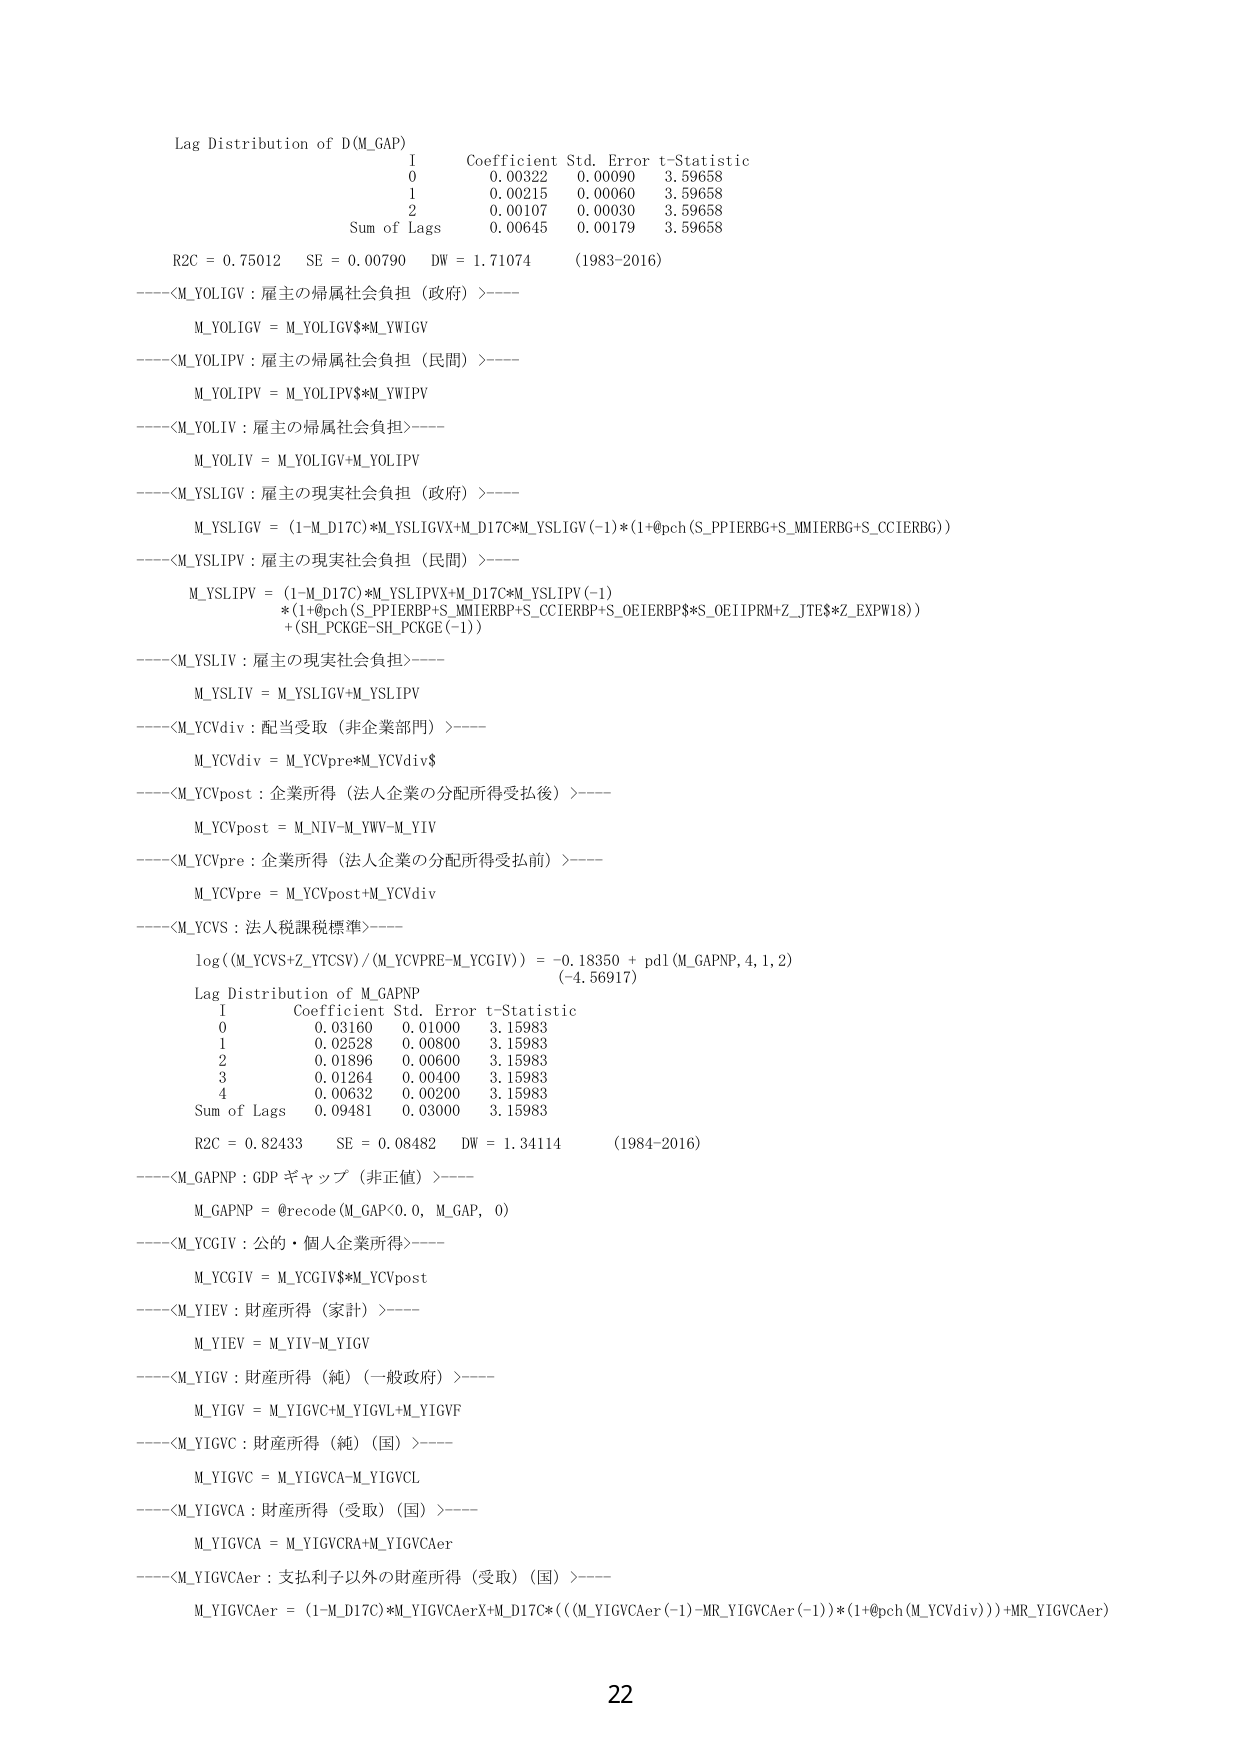
Lag Distribution of D(M_GAP)
I Coefficient Std. Error t-Statistic
0 0.00322 0.00090 3.59658
1 0.00215 0.00060 3.59658
2 0.00107 0.00030 3.59658
Sum of Lags 0.00645 0.00179 3.59658
R2C = 0.75012 SE = 0.00790 DW = 1.71074 (1983-2016)
----<M_YOLIGV : 雇主の帰属社会負担（政府）>----
M_YOLIGV = M_YOLIGV$*M_YWIGV
----<M_YOLIPV : 雇主の帰属社会負担（民間）>----
M_YOLIPV = M_YOLIPV$*M_YWIPV
----<M_YOLIV : 雇主の帰属社会負担>----
M_YOLIV = M_YOLIGV+M_YOLIPV
----<M_YSLIGV : 雇主の現実社会負担（政府）>----
M_YSLIGV = (1-M_D17C)*M_YSLIGVX+M_D17C*M_YSLIGV(-1)*(1+@pch(S_PPIERBG+S_MMIERBG+S_CCIERBG))
----<M_YSLIPV : 雇主の現実社会負担（民間）>----
M_YSLIPV = (1-M_D17C)*M_YSLIPVX+M_D17C*M_YSLIPV(-1)
*(1+@pch(S_PPIERBP+S_MMIERBP+S_CCIERBP+S_OEIERBP$*S_OEI1PRM+Z_JTES*Z_EXPW18))
+(SH_PCKGE-SH_PCKGE(-1))
----<M_YSLIV : 雇主の現実社会負担>----
M_YSLIV = M_YSLIGV+M_YSLIPV
----<M_YCVdiv : 配当受取（非企業部門）>----
M_YCVdiv = M_YCVpre*M_YCVdiv$
----<M_YCVpost : 企業所得（法人企業の分配所得受払後）>----
M_YCVpost = M_NIV-M_YWV-M_YIV
----<M_YCVpre : 企業所得（法人企業の分配所得受払前）>----
M_YCVpre = M_YCVpost+M_YCVdiv
----<M_YCVS : 法人税課税標準>----
log((M_YCVS+Z_YTCSV)/(M_YCVPRE-M_YCGIV)) = -0.18350 + pdl(M_GAPNP, 4, 1, 2)
(-4.56917)
Lag Distribution of M_GAPNP
I Coefficient Std. Error t-Statistic
0 0.03160 0.01000 3.15983
1 0.02528 0.00800 3.15983
2 0.01896 0.00600 3.15983
3 0.01264 0.00400 3.15983
4 0.00632 0.00200 3.15983
Sum of Lags 0.09481 0.03000 3.15983
R2C = 0.82433 SE = 0.08482 DW = 1.34114 (1984-2016)
----<M_GAPNP : GDP ギャップ（非正値）>----
M_GAPNP = @recode(M_GAP<0.0, M_GAP, 0)
----<M_YCGIV : 公的・個人企業所得>----
M_YCGIV = M_YCGIV$*M_YCVpost
----<M_YIEV : 財産所得（家計）>----
M_YIEV = M_YIV-M_YIGV
----<M_YIGV : 財産所得（純）（一般政府）>----
M_YIGV = M_YIGVC+M_YIGVL+M_YIGVF
----<M_YIGVC : 財産所得（純）（国）>----
M_YIGVC = M_YIGVCA-M_YIGVCL
----<M_YIGVCA : 財産所得（受取）（国）>----
M_YIGVCA = M_YIGVCRA+M_YIGVCAer
----<M_YIGVCAer : 支払利子以外の財産所得（受取）（国）>----
M_YIGVCAer = (1-M_D17C)*M_YIGVCAerX+M_D17C*((M_YIGVCAer(-1)-MR_YIGVCAer(-1))*(1+@pch(M_YCVdiv)))+MR_YIGVCAer
22